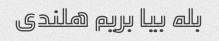
بله بیا بریم هلندی